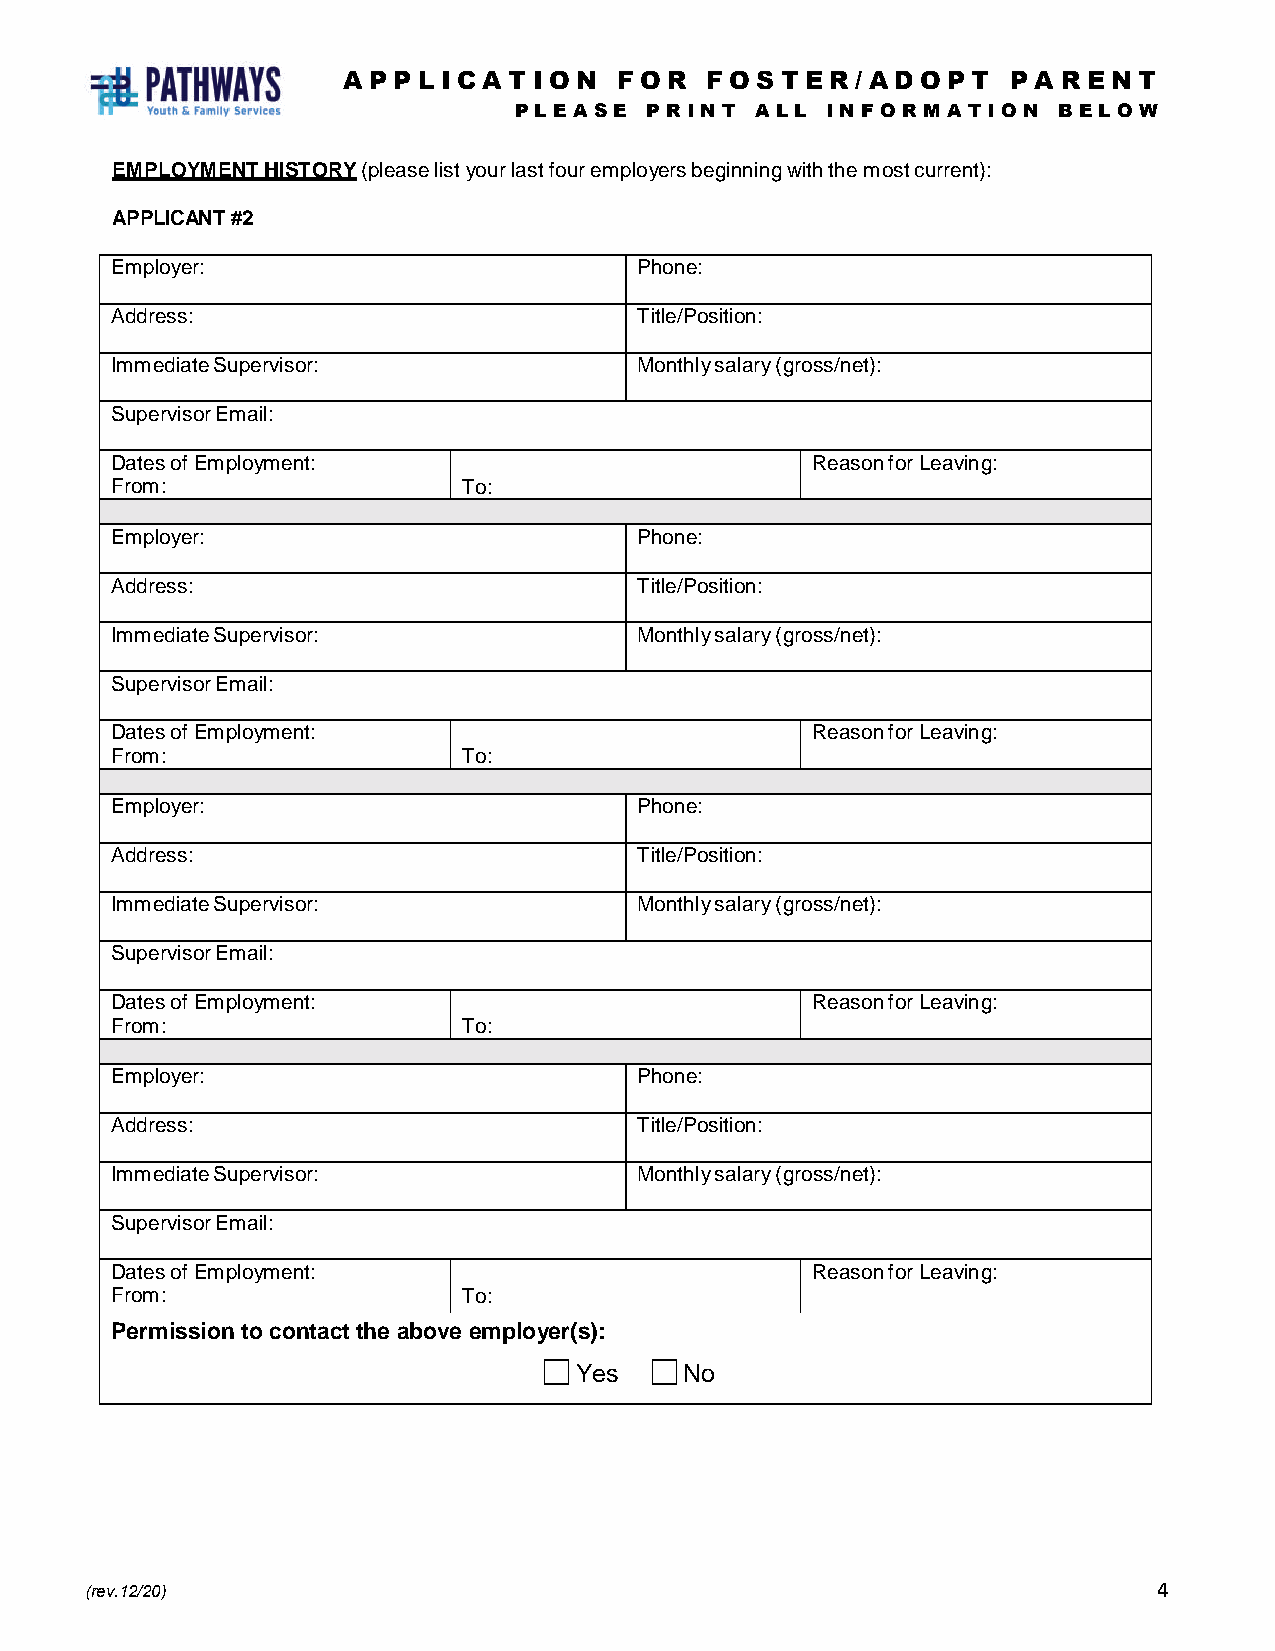
A PP L I C A T I O N F O R F O S T E R / A D O P T P A R E N T
 P L E A S E P R I N T A L L I N F O R M A T I O N B E L O W
 EMPLOYMENT HISTORY (please list your last four employers beginning with the most current):
 APPLICANT #2
 Employer:                          Phone:
 Address:                           Title/Position:
 Immediate Supervisor:              Monthly salary (gross/net):
 Supervisor Email:
 Dates of Employment:                           Reason for Leaving:
 From:                   To:
 Employer:                          Phone:
 Address:                           Title/Position:
 Immediate Supervisor:              Monthly salary (gross/net):
 Supervisor Email:
 Dates of Employment:                           Reason for Leaving:
 From:                   To:
 Employer:                          Phone:
 Address:                           Title/Position:
 Immediate Supervisor:              Monthly salary (gross/net):
 Supervisor Email:
 Dates of Employment:                           Reason for Leaving:
 From:                   To:
 Employer:                          Phone:
 Address:                           Title/Position:
 Immediate Supervisor:              Monthly salary (gross/net):
 Supervisor Email:
 Dates of Employment:                           Reason for Leaving:
 From:                   To:
 Permission to contact the above employer(s):
 Yes    No
 (rev.12/20)                                                            4